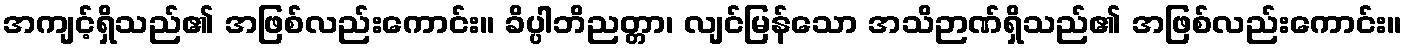
အကျင့်ရှိသည်၏ အဖြစ်လည်းကောင်း။ ခိပ္ပါဘိညတ္တာ၊ လျင်မြန်သော အသိဉာဏ်ရှိသည်၏ အဖြစ်လည်းကောင်း။